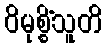
ဝိမုစ္စိံသူတိ